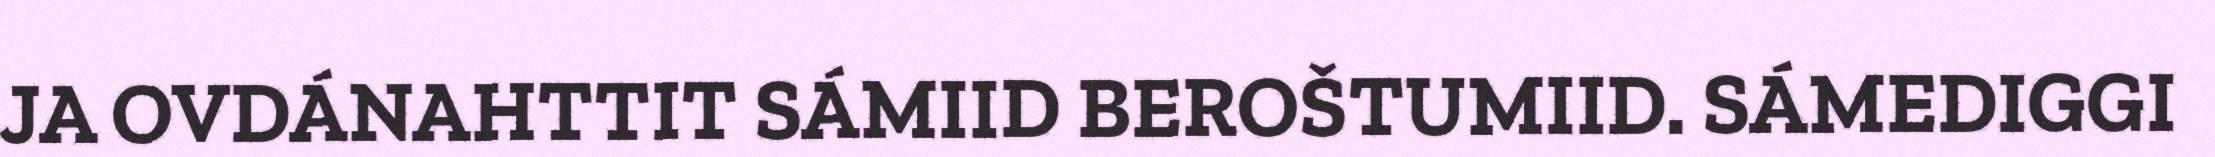
JA OVDÁNAHTTIT SÁMIID BEROŠTUMIID. SÁMEDIGGI